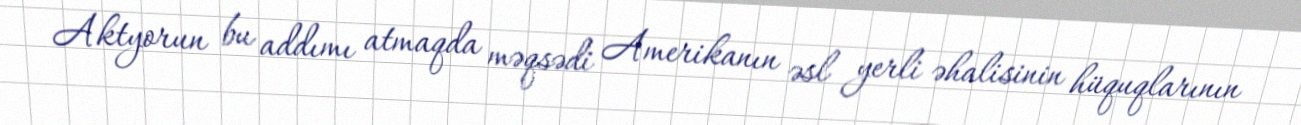
Aktyorun bu addımı atmaqda məqsədi Amerikanın əsl yerli əhalisinin hüquqlarının